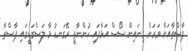
ޕާސްތާއަށް ވަރަށް ގިނައިން ސޯސް އަޅާފައި ހުންނާތީ ރޭގަނޑު މާ ލަސްގަޑީގައި ޕާސްތާ